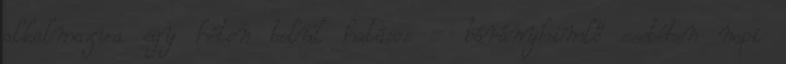
alkalmazva egy héten belül hatásos - bárányhimlő esetében napi